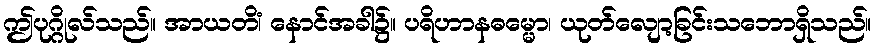
ဤပုဂ္ဂိုလ်သည်။ အာယတိံ၊ နောင်အခါ၌။ ပရိဟာနဓမ္မော၊ ယုတ်လျော့ခြင်းသဘောရှိသည်။